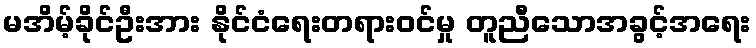
မအိမ့်ခိုင်ဦးအား နိုင်ငံရေးတရားဝင်မှု တူညီသောအခွင့်အရေး